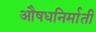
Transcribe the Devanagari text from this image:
औषधनिर्माती